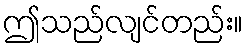
ဤသည်လျင်တည်း။